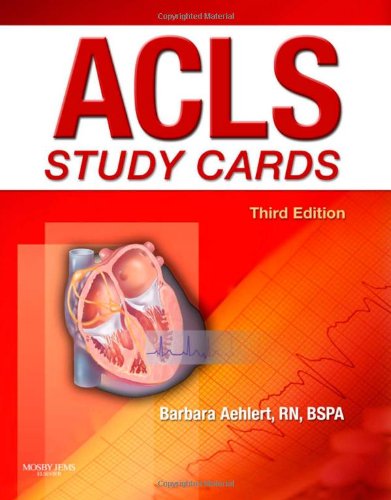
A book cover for ACLS Study Cards, 3e; Barbara J Aehlert RN  BSPA; Medical Books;